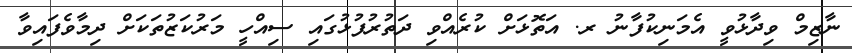
ނާޒިމް ވިދާޅުވީ އެމަނިކުފާނު ރ. އަތޮޅަށް ކުރެއްވި ދަތުރުފުޅުގައި ސިއްހީ މަރުކަޒުތަކަށް ދިމާވެފައިވާ